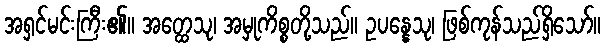
အရှင်မင်းကြီး၏။ အတ္ထေသု၊ အမှုကိစ္စတို့သည်။ ဥပန္နေသု၊ ဖြစ်ကုန်သည်ရှိသော်။